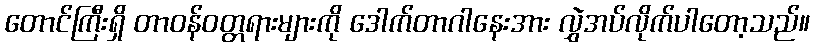
တောင်ကြီးရှိ တာဝန်ဝတ္တရားများကို ဒေါက်တာဂါနေးအား လွှဲအပ်လိုက်ပါတော့သည်။